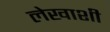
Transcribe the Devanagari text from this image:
लेखाशी